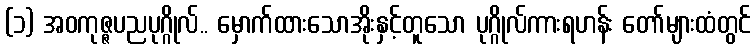
(၁) အဝကုဇ္ဇပညပုဂ္ဂိုလ်.. မှောက်ထားသောအိုးနှင့်တူသော ပုဂ္ဂိုလ်ကားရဟန်း တော်များထံတွင်